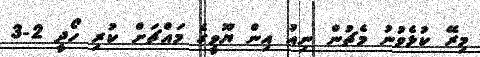
މިރޭ ކުޅެވުނު މެޗުން ނިއު އިން ޔޫވީގެ މައްޗަށް ކުރި ހޯދީ 2-3